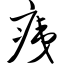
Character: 痍